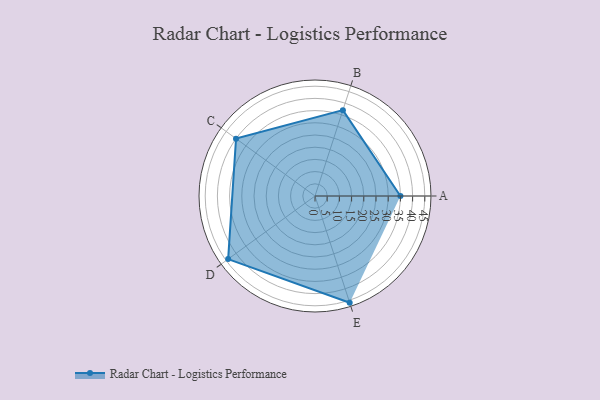
{"axis": {"x": "Skill", "y": "Score"}, "legend": ["Profile"], "data": [{"x": "A", "y": 35.0, "type": "Profile"}, {"x": "B", "y": 37.0, "type": "Profile"}, {"x": "C", "y": 40.0, "type": "Profile"}, {"x": "D", "y": 44.0, "type": "Profile"}, {"x": "E", "y": 46.0, "type": "Profile"}]}